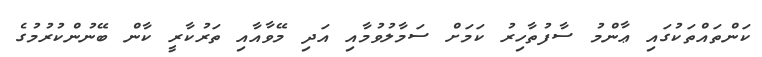
ކަންތައްތަކުގައި ޢާންމު ސާފުތާހިރު ކަމަށް ސަމާލުވުމާއި އަދި މޭވާއާއި ތަރުކާރީ ކާން ބޭނުންކުރުމުގެ